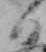
日